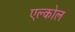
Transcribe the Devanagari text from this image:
एल्कोल